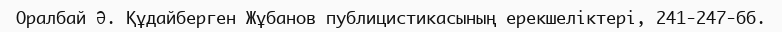
Оралбай Ә. Құдайберген Жұбанов публицистикасының ерекшеліктері, 241-247-бб.